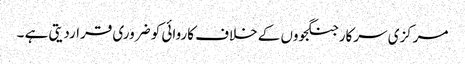
مرکزی سرکار جنگجووں کے خلاف کاروائی کو ضروری قراردیتی ہے ۔